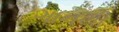
ગાનથી